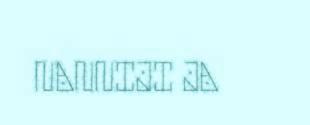
NANNIJI JA